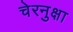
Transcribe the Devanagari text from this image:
चेरनुक्षा